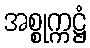
အစ္စုက္ကဋ္ဌံ